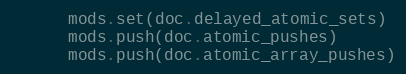
Language: Ruby
      mods.set(doc.delayed_atomic_sets)
      mods.push(doc.atomic_pushes)
      mods.push(doc.atomic_array_pushes)